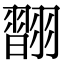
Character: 𦒆